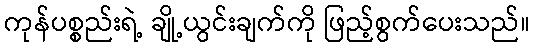
ကုန်ပစ္စည်းရဲ့ ချို့ယွင်းချက်ကို ဖြည့်စွက်ပေးသည်။